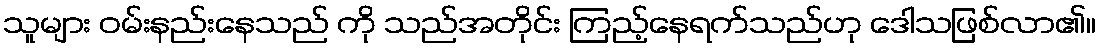
သူများ ဝမ်းနည်းနေသည် ကို သည်အတိုင်း ကြည့်နေရက်သည်ဟု ဒေါသဖြစ်လာ၏။